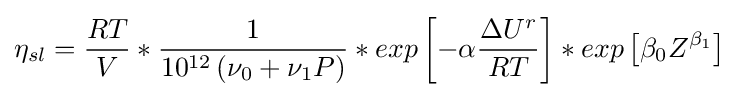
\eta _{sl}={\frac {RT}{V}}*{\frac {1}{10^{12}\left(\nu _{0}+\nu _{1}P\right)}}*exp\left[-\alpha {\frac {\Delta U^{r}}{RT}}\right]*exp\left[\beta _{0}Z^{\beta _{1}}\right]